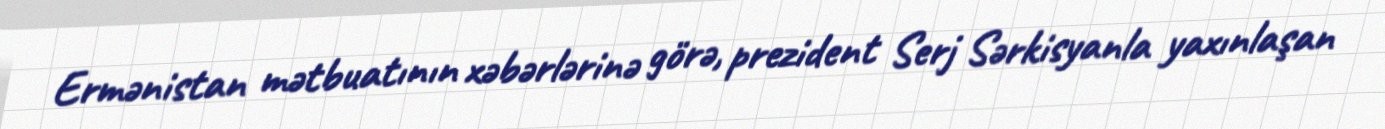
Ermənistan mətbuatının xəbərlərinə görə, prezident Serj Sərkisyanla yaxınlaşan